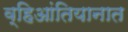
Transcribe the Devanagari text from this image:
व्हिआंतियानात